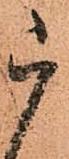
被